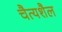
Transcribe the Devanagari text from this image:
चैत्यशैल